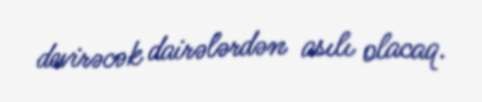
devirəcək dairələrdən asılı olacaq.